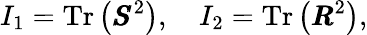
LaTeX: I_{1}=\operatorname{Tr}\left(\pmb{S}^{2}\right),\quad I_{2}=\operatorname{Tr}\left(\pmb{R}^{2}\right),